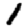
Digit: 1